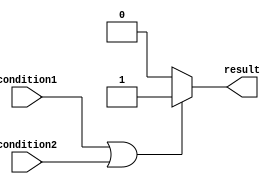
module if_else_logical_OR (
    input wire condition1,
    input wire condition2,
    output reg result
);

always @(*)
begin
    if (condition1 || condition2) begin
        // statements inside if block
        result = 1'b1; // set result to true
    end
    else begin
        // statements inside else block
        result = 1'b0; // set result to false
    end
end

endmodule